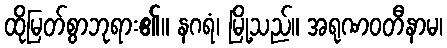
ထိုမြတ်စွာဘုရား၏။ နဂရံ၊ မြို့သည်။ အရုဏဝတီနာမ၊